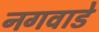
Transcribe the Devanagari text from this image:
नगवाडे